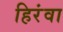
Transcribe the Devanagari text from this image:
हिरंवा